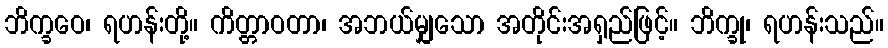
ဘိက္ခဝေ၊ ရဟန်းတို့။ ကိတ္တာဝတာ၊ အဘယ်မျှသော အတိုင်းအရှည်ဖြင့်။ ဘိက္ခု၊ ရဟန်းသည်။